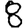
Digit: 8